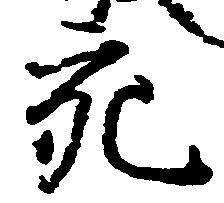
充